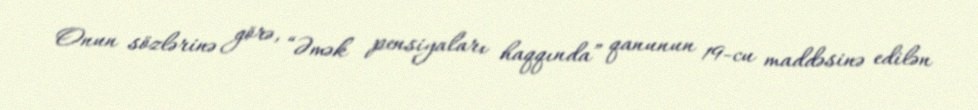
Onun sözlərinə görə, “Əmək pensiyaları haqqında” qanunun 19-cu maddəsinə edilən